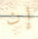
إن